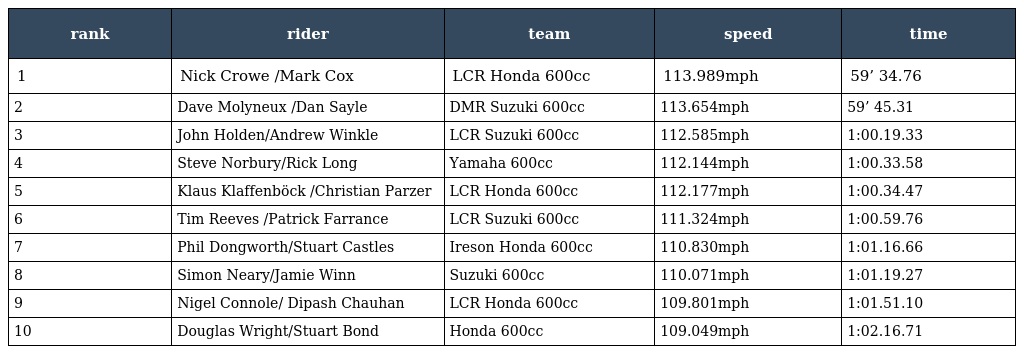
| rank | rider | team | speed | time |
 | --- | --- | --- | --- | --- |
 | 1 | Nick Crowe /Mark Cox | LCR Honda 600cc | 113.989mph | 59’ 34.76 |
 | 2 | Dave Molyneux /Dan Sayle | DMR Suzuki 600cc | 113.654mph | 59’ 45.31 |
 | 3 | John Holden/Andrew Winkle | LCR Suzuki 600cc | 112.585mph | 1:00.19.33 |
 | 4 | Steve Norbury/Rick Long | Yamaha 600cc | 112.144mph | 1:00.33.58 |
 | 5 | Klaus Klaffenböck /Christian Parzer | LCR Honda 600cc | 112.177mph | 1:00.34.47 |
 | 6 | Tim Reeves /Patrick Farrance | LCR Suzuki 600cc | 111.324mph | 1:00.59.76 |
 | 7 | Phil Dongworth/Stuart Castles | Ireson Honda 600cc | 110.830mph | 1:01.16.66 |
 | 8 | Simon Neary/Jamie Winn | Suzuki 600cc | 110.071mph | 1:01.19.27 |
 | 9 | Nigel Connole/ Dipash Chauhan | LCR Honda 600cc | 109.801mph | 1:01.51.10 |
 | 10 | Douglas Wright/Stuart Bond | Honda 600cc | 109.049mph | 1:02.16.71 |